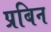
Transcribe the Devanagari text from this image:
प्रबिन